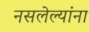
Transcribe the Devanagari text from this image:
नसलेल्यांना